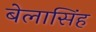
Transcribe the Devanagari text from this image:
बेलासिंह